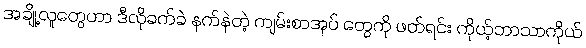
အချို့လူတွေဟာ ဒီလိုခက်ခဲ နက်နဲတဲ့ ကျမ်းစာအုပ် တွေကို ဖတ်ရင်း ကိုယ့်ဘာသာကိုယ်